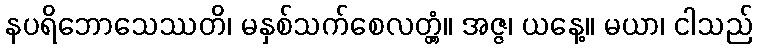
နပရိဘောသေဿတိ၊ မနှစ်သက်စေလတ္တံ့။ အဇ္ဇ၊ ယနေ့။ မယာ၊ ငါသည်